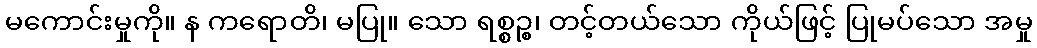
မကောင်းမှုကို။ န ကရောတိ၊ မပြု။ သော ရစ္စဉ္စ၊ တင့်တယ်သော ကိုယ်ဖြင့် ပြုမပ်သော အမှု